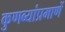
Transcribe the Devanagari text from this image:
कुणब्यांप्रमाणें